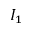
I _ { 1 }